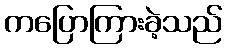
ကပြောကြားခဲ့သည်